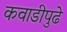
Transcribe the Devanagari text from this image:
कवाडीपुढे